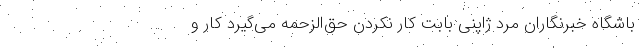
باشگاه خبرنگاران مرد ژاپنی بابت کار نکردن حق‌الزحمه می‌گیرد کار و